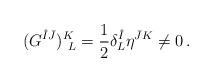
\begin{align*}(G^{\hat{I}\bar{J}})^K_{~L}={1\over 2}\delta^{\hat{I}}_L\eta^{\bar{J}K}\neq 0\,.\end{align*}